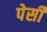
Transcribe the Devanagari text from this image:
पेर्सी